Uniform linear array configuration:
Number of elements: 64
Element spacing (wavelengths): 0.5
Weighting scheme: uniform
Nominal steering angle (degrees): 60
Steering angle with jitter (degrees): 59.053
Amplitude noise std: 0.05
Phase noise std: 0.05

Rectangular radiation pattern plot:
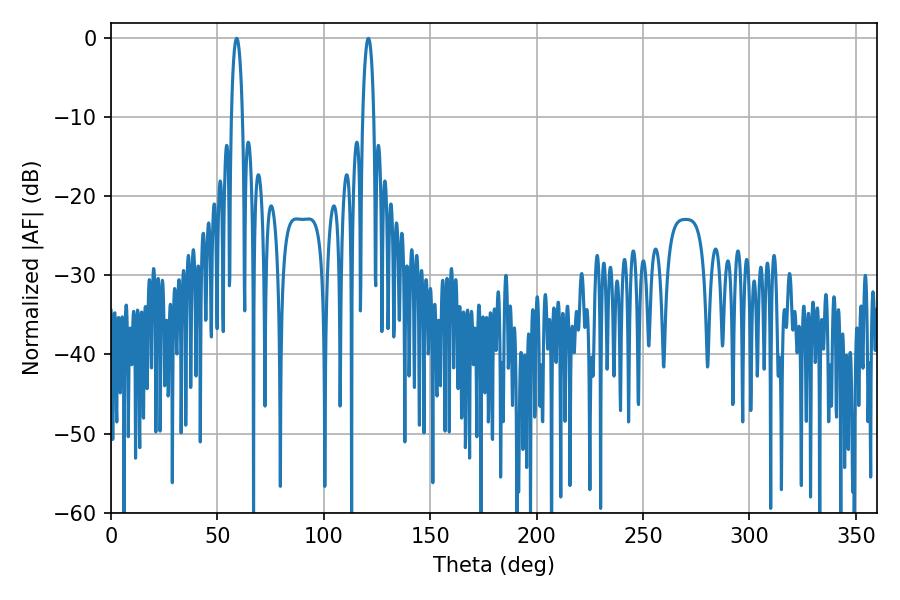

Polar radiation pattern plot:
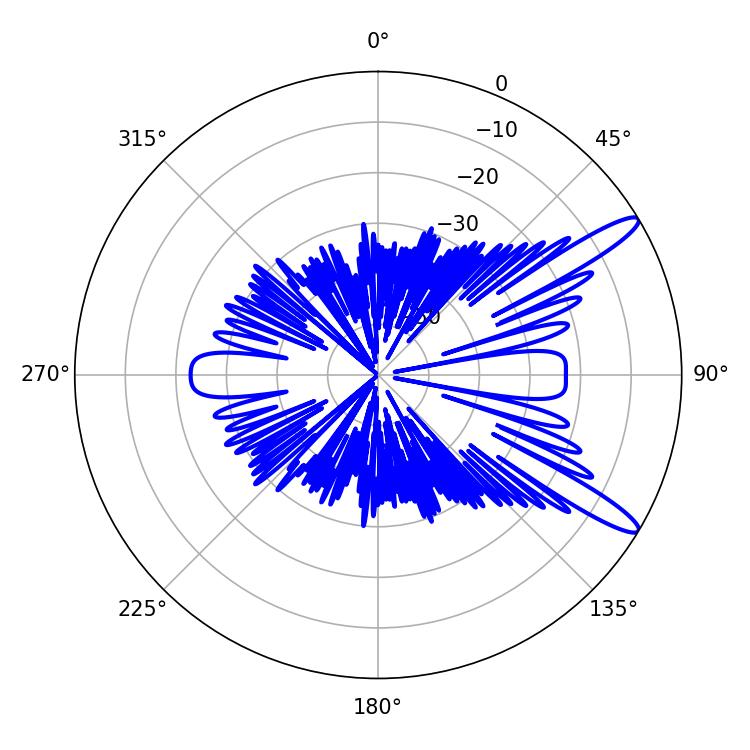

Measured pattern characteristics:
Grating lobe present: FALSE
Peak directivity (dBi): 12.883
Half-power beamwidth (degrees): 2.88
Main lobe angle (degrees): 59.04